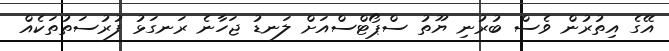
އޭގެ އިތުރުން ވެސް ބުރުނި ޔޫތު ސްޕޯޓްސްއަށް ލަނޑު ޖަހާނެ ރަނގަޅު ފުރުސަތުތަކެއް